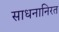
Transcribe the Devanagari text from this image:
साधनानिरत